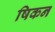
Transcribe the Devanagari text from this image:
षिकन